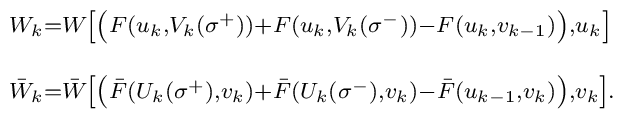
\begin{array}{l}^{W_k=W\left[ \left( F(u_k,V_k(\sigma ^{+}))+F(u_k,V_k(\sigma^{-}))-F(u_k,v_{k-1})\right) ,u_k\right] }\\_{\bar W_k=\bar W\left[ \left( \bar F(U_k(\sigma ^{+}),v_k)+\bar F(U_k(\sigma^{-}),v_k)-\bar F(u_{k-1},v_k)\right) ,v_k\right] .}\end{array}